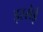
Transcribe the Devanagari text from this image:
इस्सेई